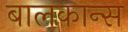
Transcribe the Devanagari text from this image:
बालकान्स